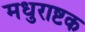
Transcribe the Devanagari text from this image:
मधुराष्टक